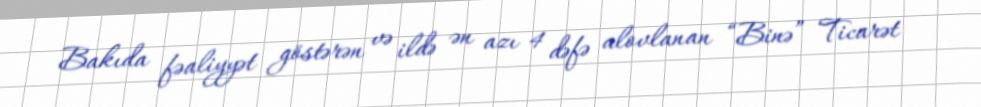
Bakıda fəaliyyət göstərən və ildə ən azı 4 dəfə alovlanan “Binə” Ticarət